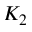
K _ { 2 }